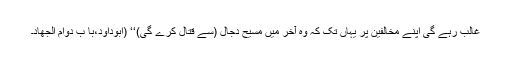
غالب رہے گی اپنے مخالفین پر یہاں تک کہ وہ آخر میں مسیح دجال (سے قتال کرے گی)‘‘ (ابوداؤد،با ب دوام الجھاد۔